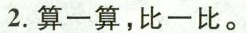
2.算一算，比一比。